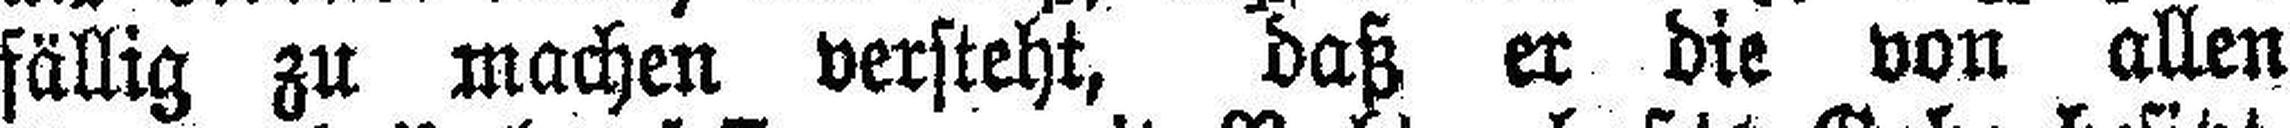
fällig zu machen versteht, daß er die von allen